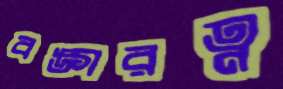
বঙ্গরত্ন